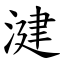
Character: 湕